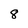
Character: 8